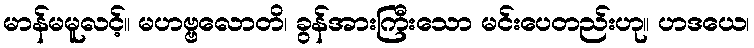
မာန်မမူလင့်။ မဟဗ္ဗလောတိ၊ ခွန်အားကြီးသော မင်းပေတည်းဟု။ ဟဒယေ၊